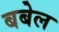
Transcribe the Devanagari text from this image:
बबेल